Indian journal of veterinary science and animal husbandry - Volume 2,
Year: 1932
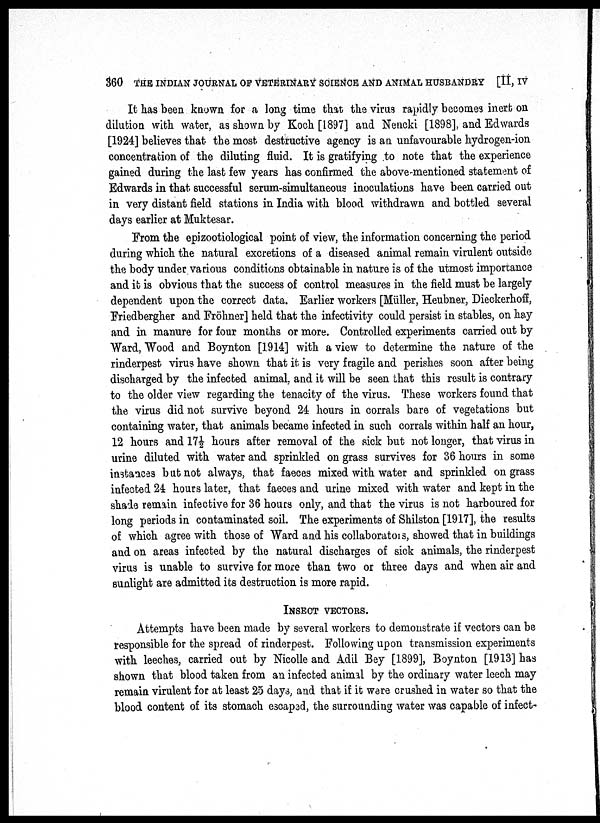
360 THE INDIAN JOURNAL OF VETERINARY SCIENCE AND ANIMAL HUSBANDRY [II, IV
It has been known for a long time that the virus rapidly becomes inert on
dilution with water, as shown by Koch [1897] and Nencki [1898], and Edwards
[1924] believes that the most destructive agency is an unfavourable hydrogen-ion
concentration of the diluting fluid. It is gratifying to note that the experience
gained during the last few years has confirmed the above-mentioned statement of
Edwards in that successful serum-simultaneous inoculations have been carried out
in very distant field stations in India with blood withdrawn and bottled several
days earlier at Muktesar.
From the epizootiological point of view, the information concerning the period
during which the natural excretions of a diseased animal remain virulent outside
the body under various conditions obtainable in nature is of the utmost importance
and it is obvious that the success of control measures in the field must be largely
dependent upon the correct data. Earlier workers [Müller, Heubner, Dieckerhoff,
Friedbergher and Fröhner] held that the infectivity could persist in stables, on hay
and in manure for four months or more. Controlled experiments carried out by
Ward, "Wood and Boynton [1914] with a view to determine the nature of the
rinderpest virus have shown that it is very fragile and perishes soon after being
discharged by the infected animal, and it will be seen that this result is contrary
to the older view regarding the tenacity of the virus. These workers found that
the virus did not survive beyond 24 hours in corrals bare of vegetations but
containing water, that animals became infected in such corrals within half an hour,
12 hours and 17½ hours after removal of the sick but not longer, that virus in
urine diluted with water and sprinkled on grass survives for 36 hours in some
instances but not always, that faeces mixed with water and sprinkled on grass
infected 24 hours later, that faeces and urine mixed with water and kept in the
shade remain infective for 36 hours only, and that the virus is not harboured for
long periods in contaminated soil. The experiments of Shilston [1917], the results
of which agree with those of Ward and his collaboratois, showed that in buildings
and on areas infected by the natural discharges of sick animals, the rinderpest
virus is unable to survive for more than two or three days and when air and
sunlight are admitted its destruction is more rapid.
INSECT VECTORS.
Attempts have been made by several workers to demonstrate if vectors can be
responsible for the spread of rinderpest. Following upon transmission experiments
with leeches, carried out by Nicolle and Adil Bey [1899], Boynton [1913] has
shown that blood taken from an infected animal by the ordinary water leech may
remain virulent for at least 25 days, and that if it were crushed in water so that the
blood content of its stomach escaped, the surrounding water was capable of infect-